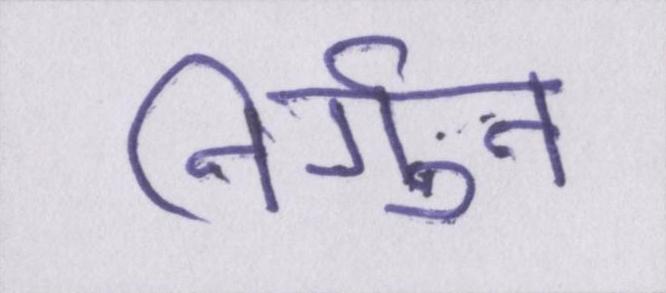
निर्गुन